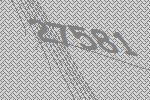
27581